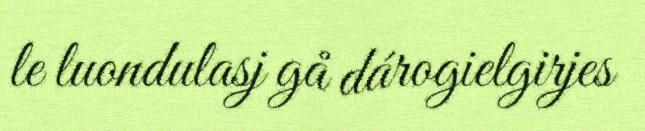
le luondulasj gå dárogielgirjes